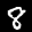
Label: 8